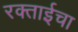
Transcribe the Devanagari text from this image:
रक्ताईचा